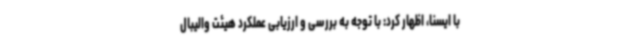
با ایسنا، اظهار کرد: با توجه به بررسی و ارزیابی عملکرد هیئت والیبال